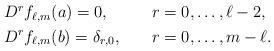
LaTeX: \begin{align*}\begin{alignedat}{3}& D^r f_{\ell,m}(a)=0, &\qquad& r=0,\dots,\ell-2,\\& D^r f_{\ell,m}(b)= \delta_{r,0}, &\qquad& r=0,\dots,m-\ell.\end{alignedat}\end{align*}